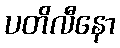
ပတိလီနော